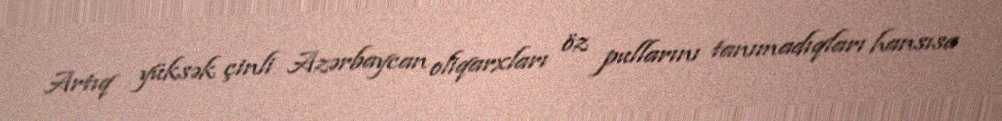
Artıq yüksək çinli Azərbaycan oliqarxları öz pullarını tanımadıqları hansısa